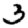
Digit: 3